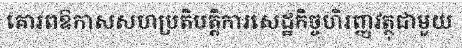
គោរពឱកាសសហប្រតិបត្តិការសេដ្ឋកិច្ចហិរញ្ញវត្ថុជាមួយ